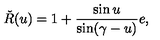
\check { R } ( u ) = 1 + \frac { \sin u } { \sin ( \gamma - u ) } e ,